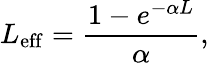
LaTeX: L_{\mathrm{{eff}}}=\frac{1-e^{-\alpha L}}{\alpha},